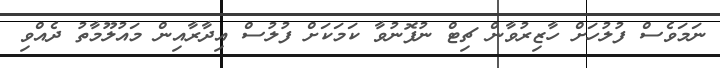
ނަމަވެސް ފުލުހަށް ހާޒިރުވާން ޗިޓް ނުފޮނުވާ ކަމަކަށް ފުލުސް އިދާރާއިން މައުލޫމާތު ދެއްވި